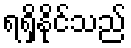
ရရှိနိုင်သည်